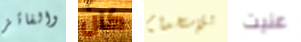
والفائز كان للإستخدام عنيت